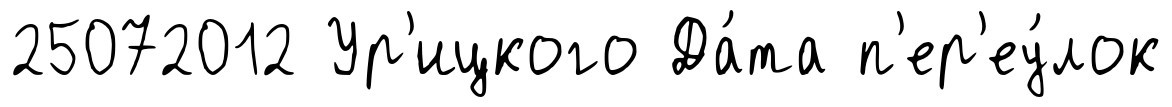
25072012 Ур'ицкого Да́та п'ер'еу́лок